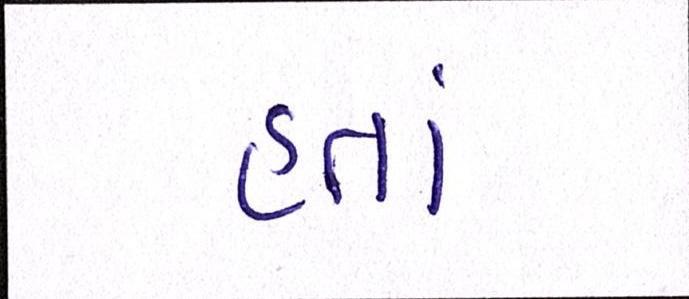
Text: હતાં